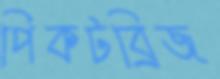
পিকটব্রিজ